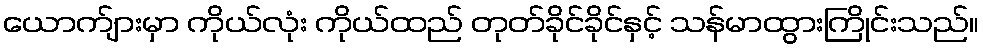
ယောက်ျားမှာ ကိုယ်လုံး ကိုယ်ထည် တုတ်ခိုင်ခိုင်နှင့် သန်မာထွားကြိုင်းသည်။